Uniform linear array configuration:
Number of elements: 24
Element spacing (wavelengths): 1
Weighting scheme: binomial
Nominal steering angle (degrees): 0
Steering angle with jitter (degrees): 1.716
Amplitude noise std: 0.05
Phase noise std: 0.05

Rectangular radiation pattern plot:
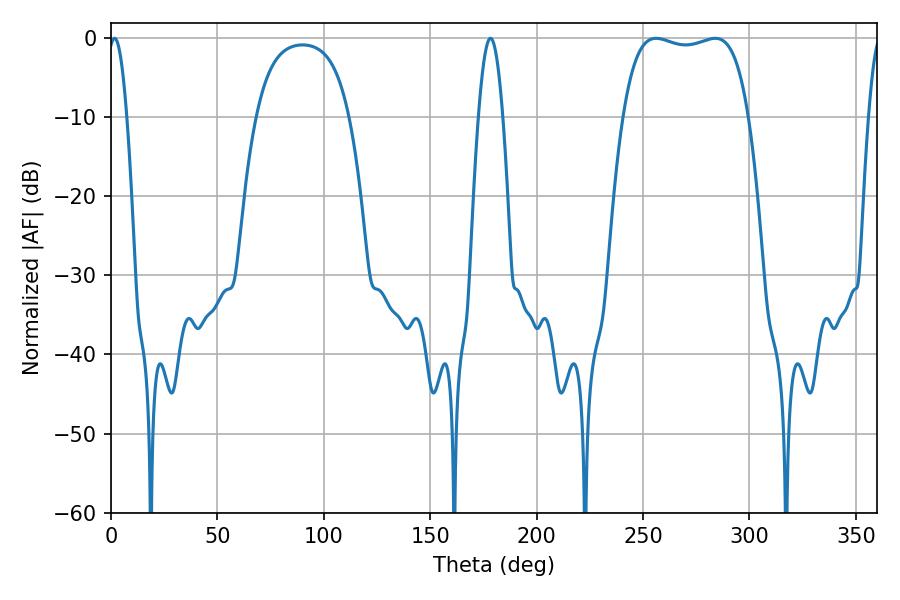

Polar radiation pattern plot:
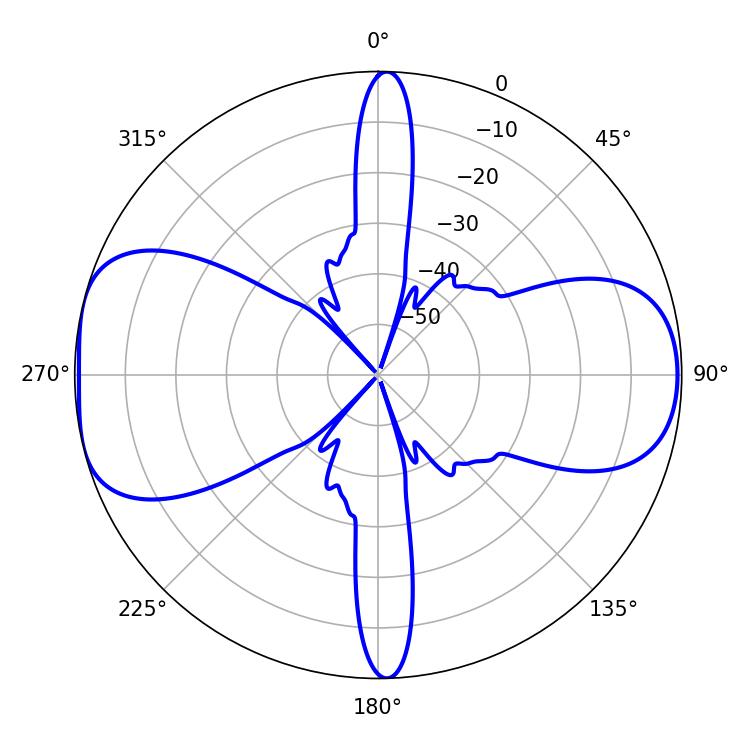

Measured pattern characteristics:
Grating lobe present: TRUE
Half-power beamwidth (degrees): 47.16
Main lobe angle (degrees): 256.14